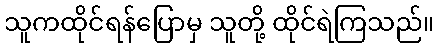
သူကထိုင်ရန်ပြောမှ သူတို့ ထိုင်ရဲကြသည်။